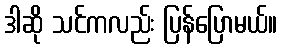
ဒါဆို သင်ကလည်း ပြန်ပြောမယ်။